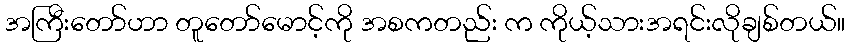
အကြီးတော်ဟာ တူတော်မောင့်ကို အစကတည်း က ကိုယ့်သားအရင်းလိုချစ်တယ်။